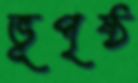
ভূপৃষ্ঠ